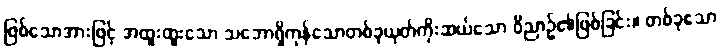
ဖြစ်သောအားဖြင့် အထူးထူးသော သဘောရှိကုန်သောတစ်ခုယုတ်ကိုးဆယ်သော ဝိညာဉ်၏ဖြစ်ခြင်း။ တစ်ခုသော